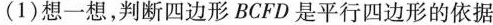
(1)想一想，判断四边形BCFD是平行四边形的依据